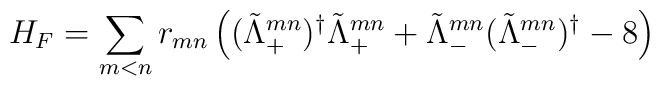
H_{F}=\sum_{m<n}r_{mn}\left( (\tilde \Lambda_{+}^{mn})^{\dagger}\tilde \Lambda_{+}^{mn} + \tilde \Lambda_{-}^{mn}(\tilde \Lambda_{-}^{mn})^{\dagger} - 8 \right)